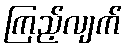
ကြည့်လျက်